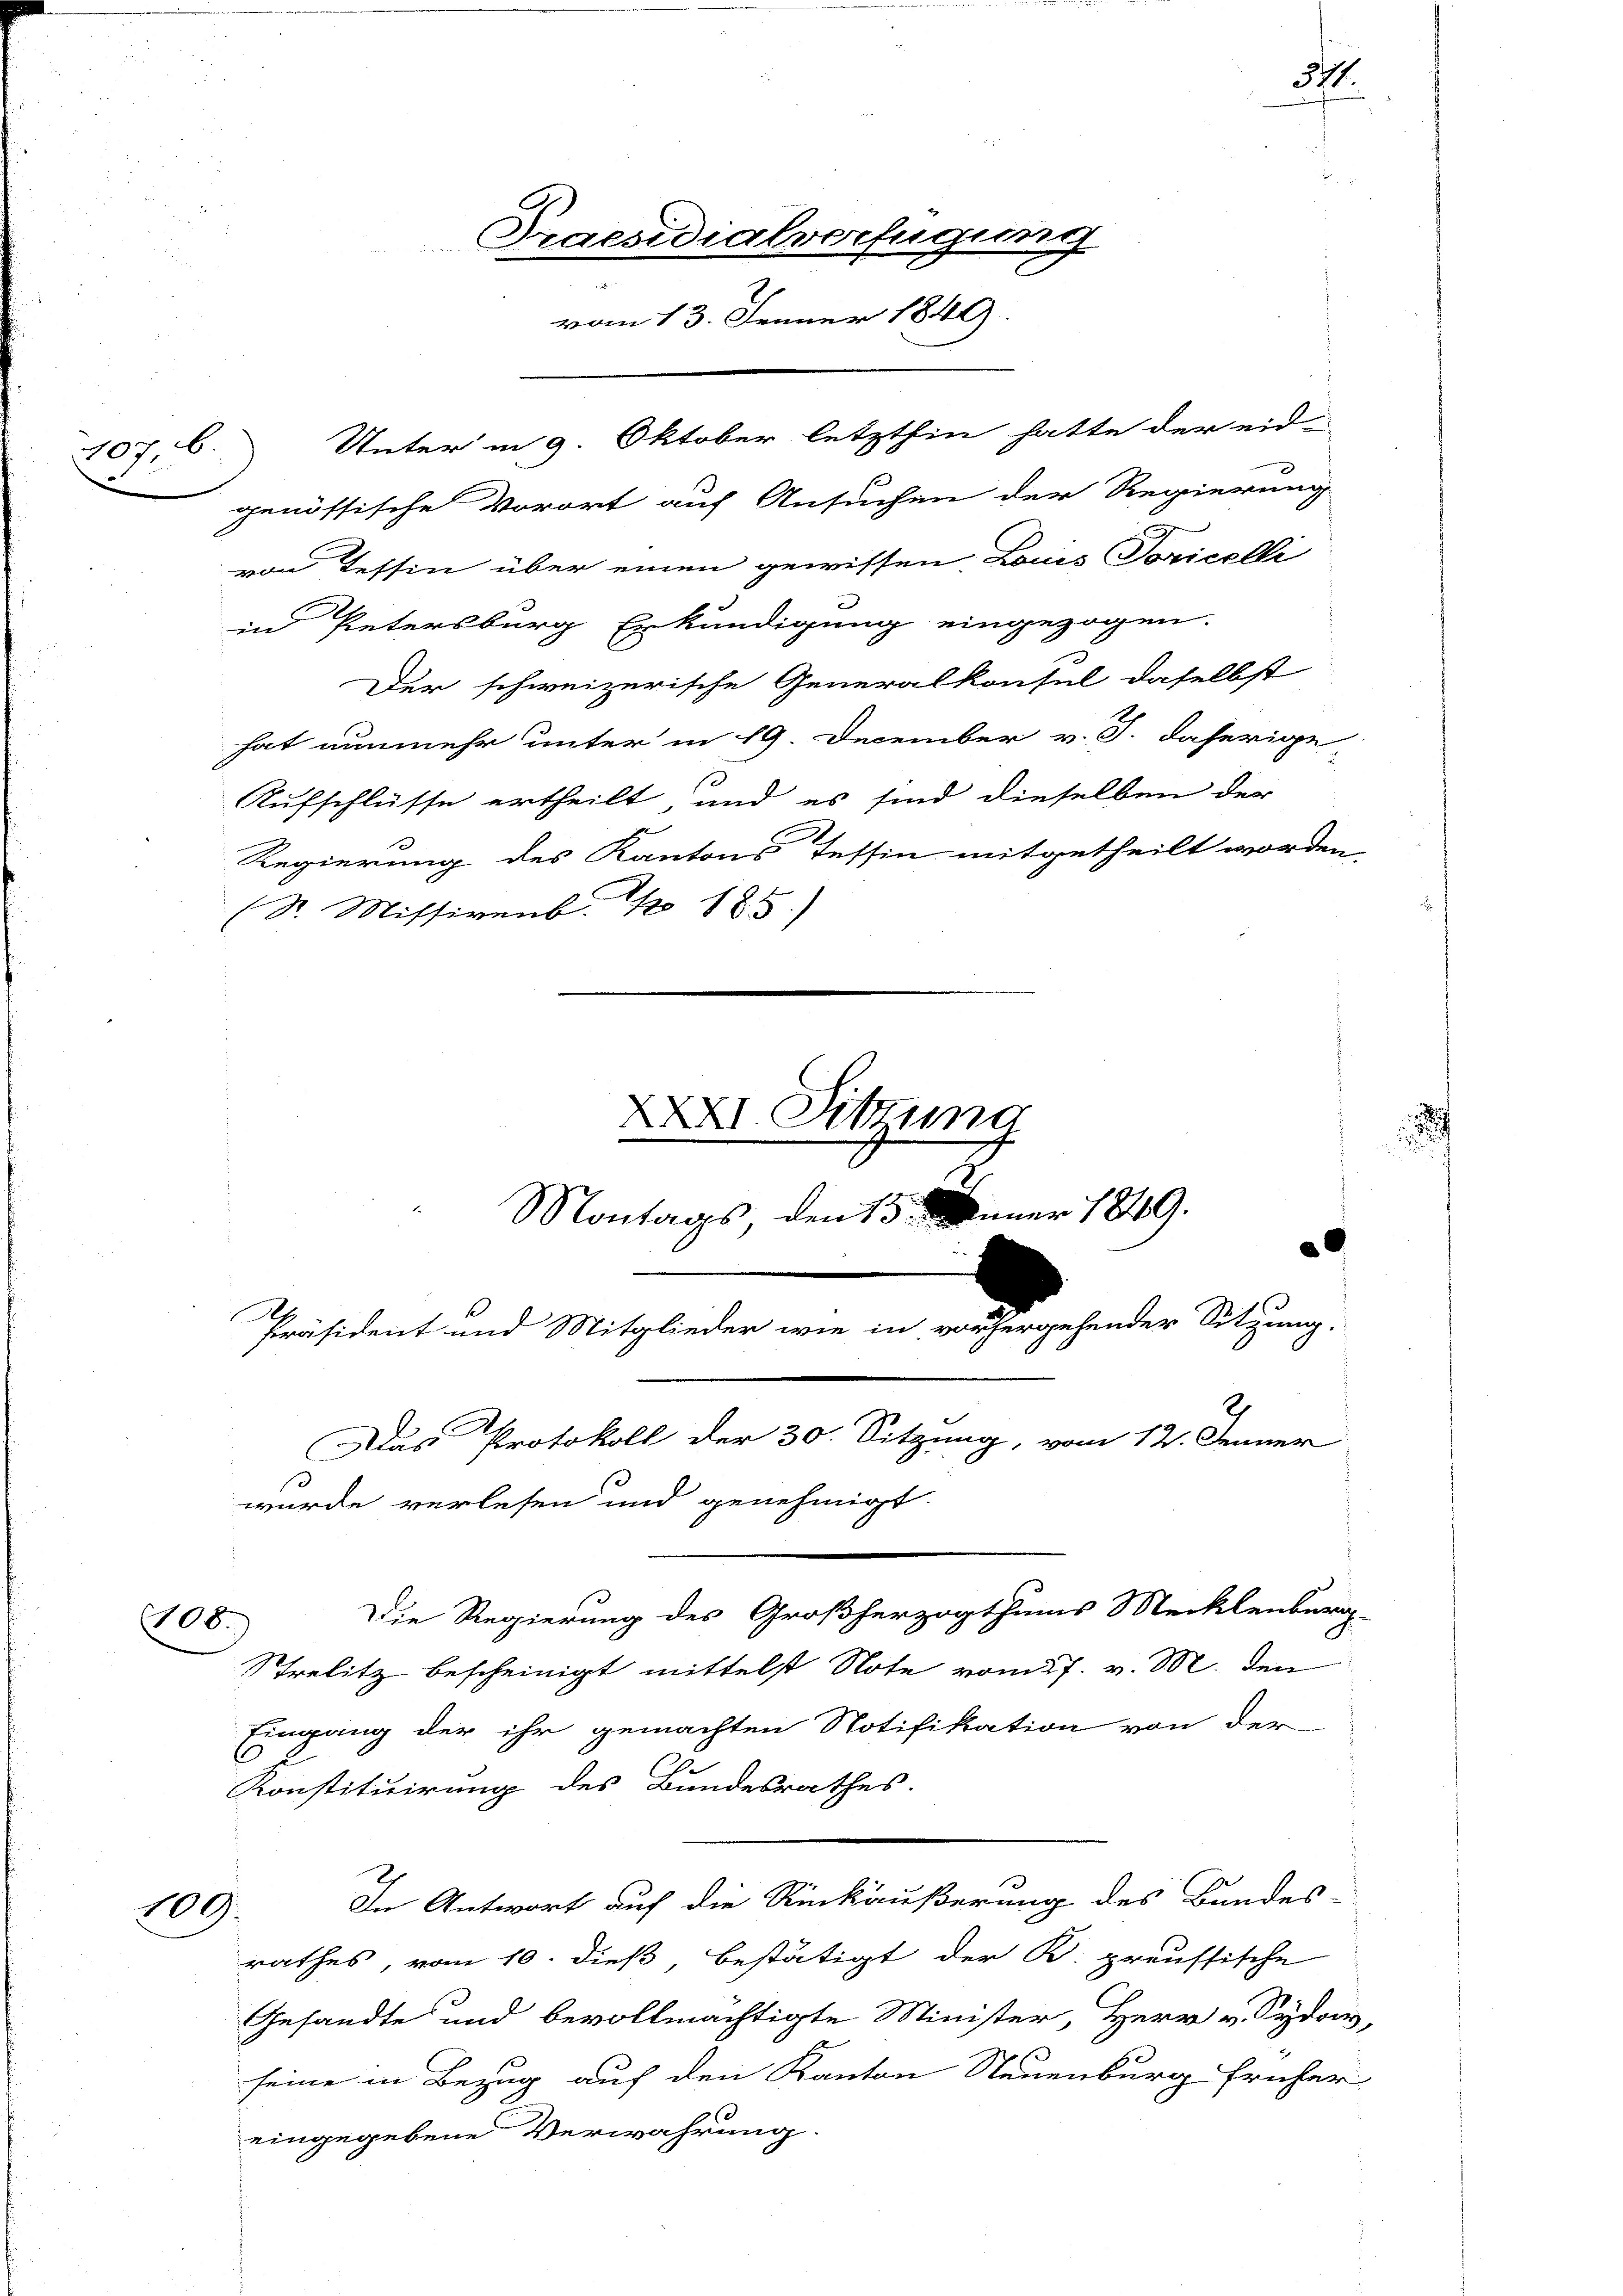
707 b

Präsident und Mitglieder wie in vorhergehender Sitzung.
2
Das Protokoll der 30. Sitzung, vom 12. Jenner
wurde verlesen und genehmigt.

108.

Praesidialverfügung
vom 13. Jenner 1849

genössische Vorort auf Ansuchen der Regierung
von Tessin über einen gewissen Louis Domicelli
in Petersburg Erkundigung eingezogen.
Der schweizerische Generalkonsul daselbst
hat nunmehr unter in 19. December v. J. daherige
Aufschlüsse ertheilt, und es sind dieselben der
Regierung des Kantons Tessin mitgetheilt worden
(St. Missivenb. / 185.)
XXXI. Sitzung
Montags den 15. Jenner 1849.

Unter in 9. Oktober letzthin hatte der eid-

Strelitz bescheinigt mittelst Note vom 27. v. M. den
Eingang der ihr gemachten Notifikation von der
2
Konstituirung des Bundesrathes.
In Antwort auf die Rückäußerung des Bandes
109.
rathes, vom 10. dieß, bestätigt der K. preussische
Gesandte und bevollmächtigte Minister, Herr v. Sydor,
seine in Bezug auf den Kanton Neuenburg früher
eingegebene Verwahrung

Die Regierung des Großherzogthums Mecklenburg

37.

n